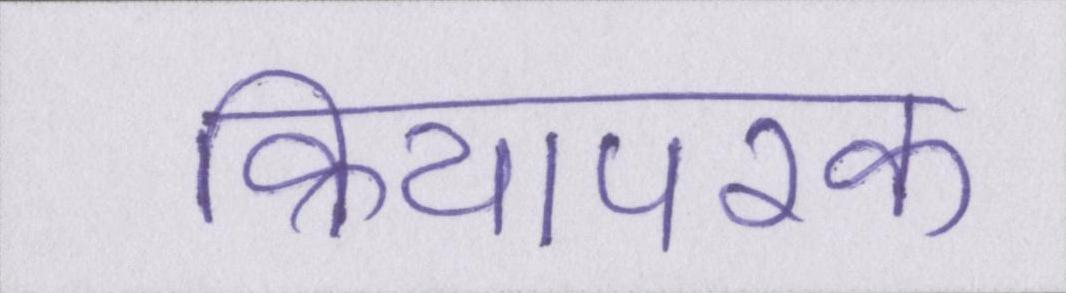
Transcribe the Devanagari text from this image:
क्रियापरक